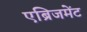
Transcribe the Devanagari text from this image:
एब्रिजमेंट